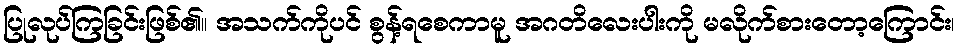
ပြုလုပ်ကြခြင်းဖြစ်၏။ အသက်ကိုပင် စွန့်ရစေကာမူ အဂတိလေးပါးကို မလိုက်စားတော့ကြောင်း၊